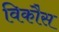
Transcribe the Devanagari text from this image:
विकाैस